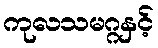
ကုလသမဂ္ဂနှင့်